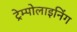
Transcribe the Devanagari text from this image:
ट्रेम्पोलाइनिंग